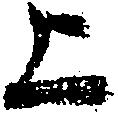
上